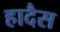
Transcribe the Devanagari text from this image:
हादैस